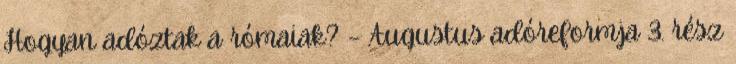
Hogyan adóztak a rómaiak? – Augustus adóreformja 3. rész